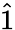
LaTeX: \hat{1}